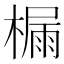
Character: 𪳬